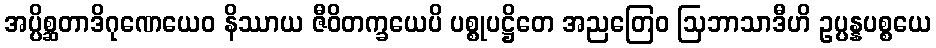
အပ္ပိစ္ဆတာဒိဂုဏေယေဝ နိဿာယ ဇီဝိတက္ခယေပိ ပစ္စုပဋ္ဌိတေ အညတြေဝ ဩဘာသာဒီဟိ ဥပ္ပန္နပစ္စယေ